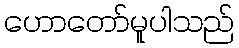
ဟောတော်မူပါသည်